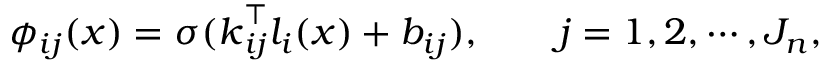
\phi _ { i j } ( \boldsymbol { x } ) = \sigma ( \boldsymbol { k } _ { i j } ^ { \top } l _ { i } ( \boldsymbol { x } ) + b _ { i j } ) , \qquad j = 1 , 2 , \cdots , J _ { n } ,